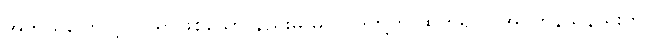
အဘယ်ကြောင့် ဝင်ရာဖြစ်သော နည်းမှ မူလပဒတို့ကို ထုတ်၍ ပြအပ်ကုန်သနည်းဟု